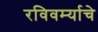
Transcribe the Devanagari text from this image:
रविवर्म्याचे